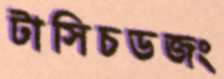
টাসিচডজং